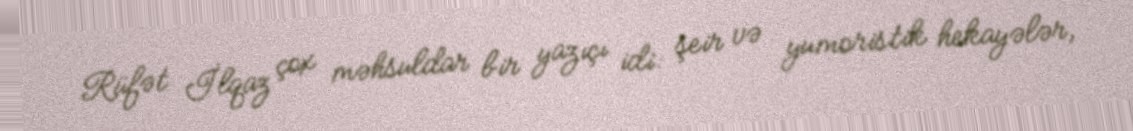
Rüfət İlqaz çox məhsuldar bir yazıçı idi: şeir və yumoristik hekayələr,